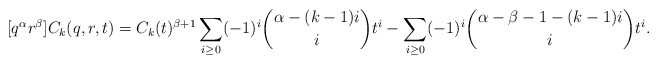
\begin{align*} [q^\alpha r^\beta]C_k(q,r,t) = C_k(t)^{\beta+1} \sum_{i \geq 0} (-1)^i \binom{\alpha - (k-1)i}{i} t^i - \sum_{i \geq 0} (-1)^i \binom{\alpha - \beta - 1 - (k-1)i}{i} t^i.\end{align*}